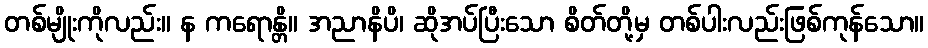
တစ်မျိုးကိုလည်း။ န ကရောန္တိ။ အညာနိပိ၊ ဆိုအပ်ပြီးသော စိတ်တို့မှ တစ်ပါးလည်းဖြစ်ကုန်သော။